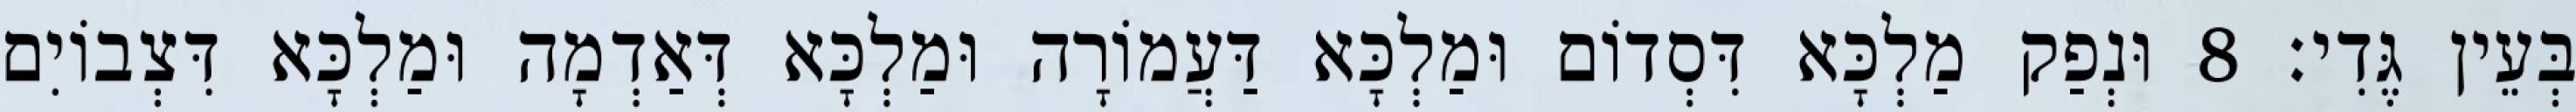
בְּעֵין גֶּדִי׃ 8 וּנְפַק מַלְכָּא דִּסְדוֹם וּמַלְכָּא דַּעֲמוֹרָה וּמַלְכָּא דְּאַדְמָה וּמַלְכָּא דִּצְבוֹיִם